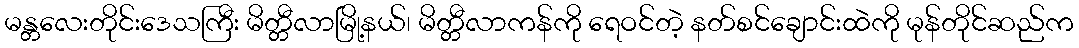
မန္တလေးတိုင်းဒေသကြီး မိတ္တီလာမြို့နယ်၊ မိတ္တီလာကန်ကို ရေဝင်တဲ့ နတ်စင်ချောင်းထဲကို မုန်တိုင်ဆည်က